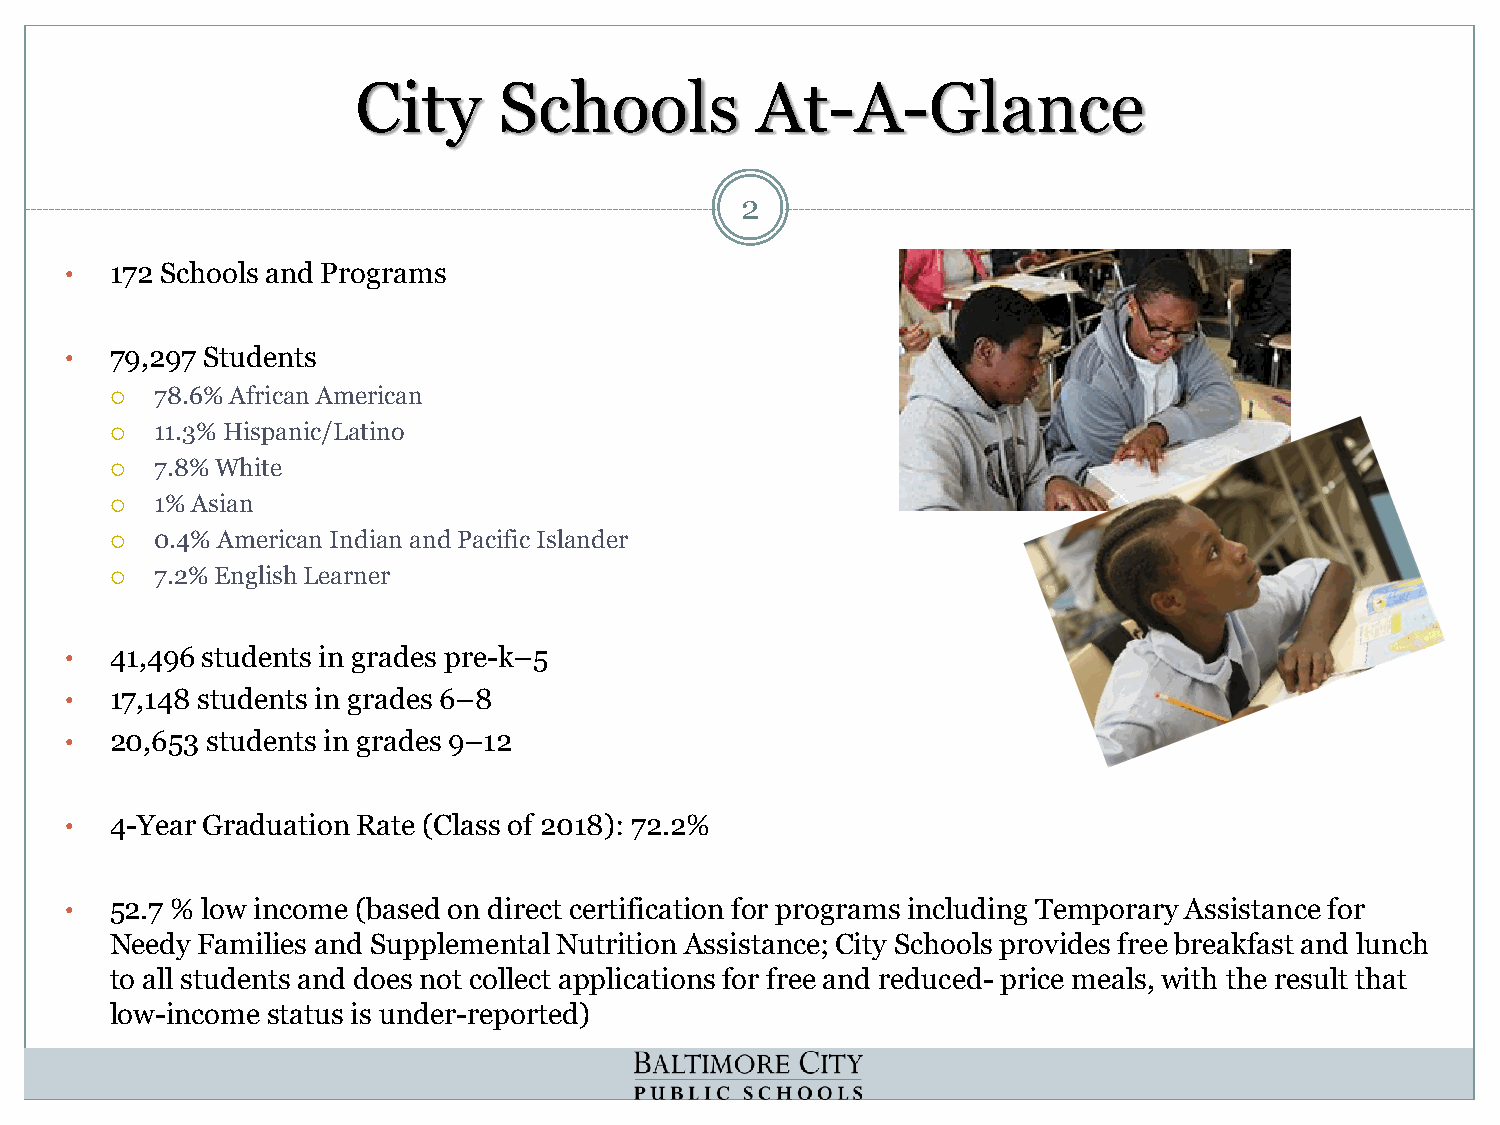
City     Schools          At-A-Glance
 2
 •  172 Schools and Programs
 •  79,297 Students
   78.6% African American
   11.3% Hispanic/Latino
   7.8% White
   1% Asian
   0.4% American Indian and Pacific Islander
   7.2% English Learner
 •  41,496 students in grades pre-k–5
 •  17,148 students in grades 6–8
 •  20,653 students in grades 9–12
 •  4-Year Graduation Rate (Class of 2018): 72.2%
 •  52.7 % low income (based on direct certification for programs including Temporary Assistance for
 Needy Families and Supplemental Nutrition Assistance; City Schools provides free breakfast and lunch
 to all students and does not collect applications for free and reduced- price meals, with the result that
 low-income status is under-reported)